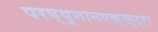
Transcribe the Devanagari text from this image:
परव्यूनानएक्स्ट्रा